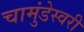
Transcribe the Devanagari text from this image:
चामुंडेस्वरी